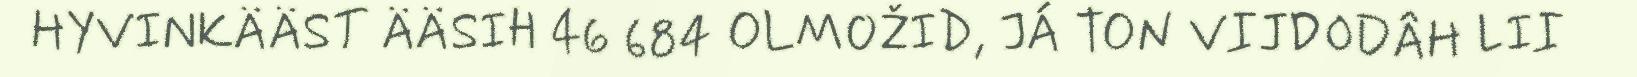
HYVINKÄÄST ÄÄSIH 46 684 OLMOŽID, JÁ TON VIJDODÂH LII